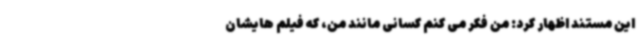
این مستند اظهار کرد: من فکر می کنم کسانی مانند من، که فیلم هایشان